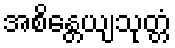
အစိန္တေယျသုတ္တံ